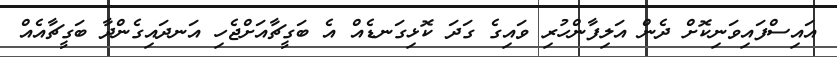
އައިސްފައިވަނިކޮށް ދެން އަލިފާންހުރި ވައިގެ ގަދަ ކޮޅިގަނޑެއް އެ ބަގީޗާއަށްޖެހި އަނދައިގެންދާ ބަގީޗާއެއް